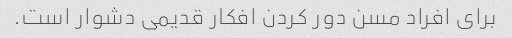
برای افراد مسن دور کردن افکار قدیمی دشوار است.